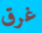
غرق